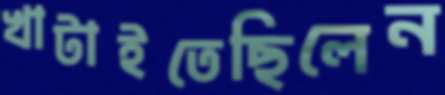
খাটাইতেছিলেন